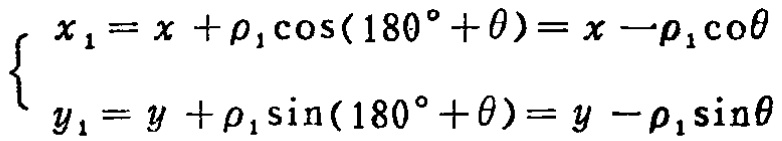
\[\begin{cases}
x_{1}=x + \rho_{1}\cos(180^{\circ}+\theta)=x - \rho_{1}\cos\theta\\
y_{1}=y + \rho_{1}\sin(180^{\circ}+\theta)=y - \rho_{1}\sin\theta
\end{cases}\]